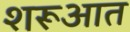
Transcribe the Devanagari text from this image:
शरूआत